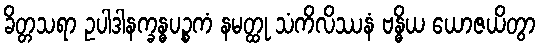
ခိတ္တသရာ ဥပါဒါနက္ခန္ဓပဉ္စကံ နမတ္ထု သံကိလိဿနံ ဗန္ဓိယ ယောဇယိတွာ